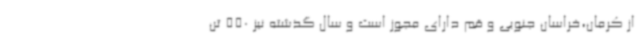
از کرمان،خراسان جنوبی و قم دارای مجوز است و سال گذشته نیز 550 تن